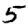
Digit: 5